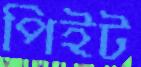
পিইট